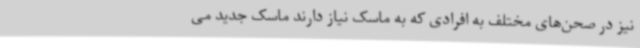
نیز در صحن‌های مختلف به افرادی که به ماسک نیاز دارند ماسک جدید می